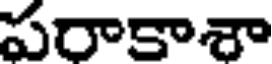
పరాకాశా